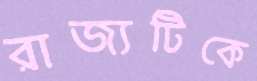
রাজ্যটিকে